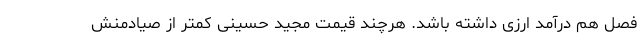
فصل هم درآمد ارزی داشته باشد. هرچند قیمت مجید حسینی کمتر از صیادمنش